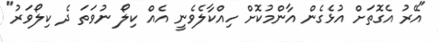
"އޭރު އެގޮތަށް އުޅެގެން އާންމުކޮށް ހިއްކާލެވެނީ އެއް ކިލޯ ނުވަތަ ދެ ކިލޯވަރު"